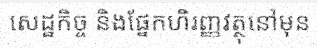
សេដ្ឋកិច្ច និងផ្នែកហិរញ្ញវត្ថុនៅមុន